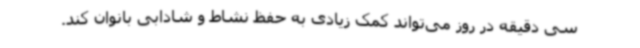
سی دقیقه در روز می‌تواند کمک زیادی به حفظ نشاط و شادابی بانوان کند.